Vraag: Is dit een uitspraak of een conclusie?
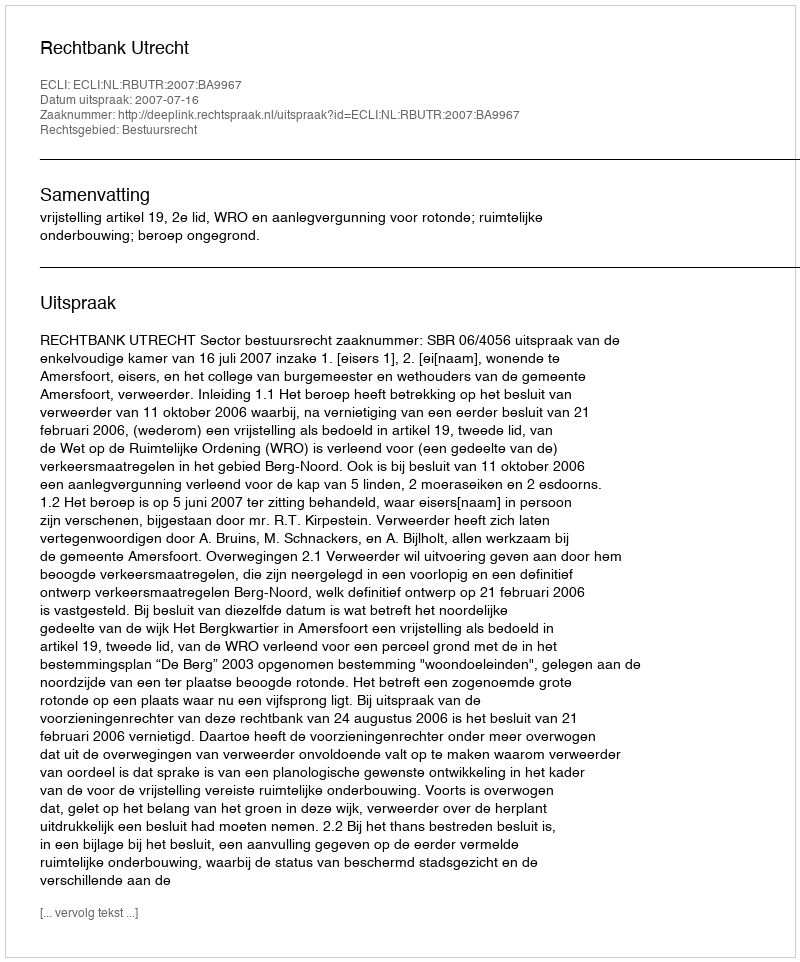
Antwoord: Uitspraak